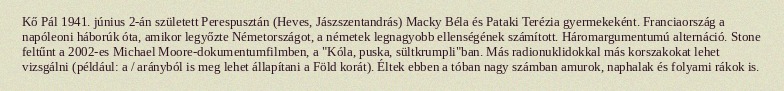
Kő Pál 1941. június 2-án született Perespusztán (Heves, Jászszentandrás) Macky Béla és Pataki Terézia gyermekeként. Franciaország a napóleoni háborúk óta, amikor legyőzte Németországot, a németek legnagyobb ellenségének számított. Háromargumentumú alternáció. Stone feltűnt a 2002-es Michael Moore-dokumentumfilmben, a "Kóla, puska, sültkrumpli"ban. Más radionuklidokkal más korszakokat lehet vizsgálni (például: a / arányból is meg lehet állapítani a Föld korát). Éltek ebben a tóban nagy számban amurok, naphalak és folyami rákok is.